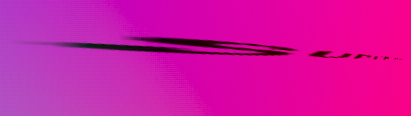
SUPER MART